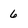
Character: 6